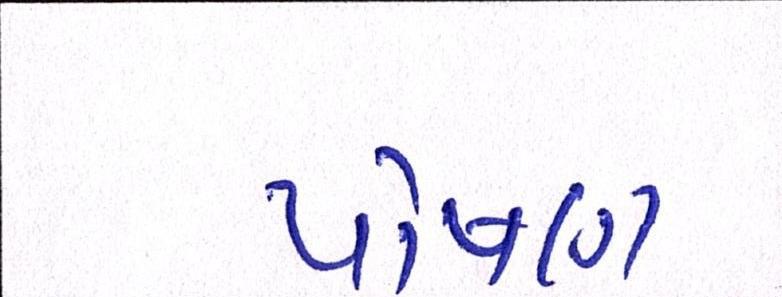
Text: પોષણ